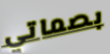
بصماتي